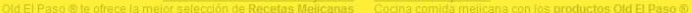

				###